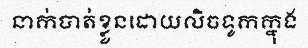
នាក់បាត់ខ្លួនដោយលិចទូកក្នុង